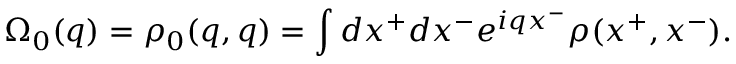
\Omega _ { 0 } ( q ) = \rho _ { 0 } ( q , q ) = \int d x ^ { + } d x ^ { - } e ^ { i q x ^ { - } } \rho ( x ^ { + } , x ^ { - } ) .